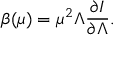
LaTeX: \beta ( \mu ) = \mu ^ { 2 } \Lambda \frac { \partial I } { \partial \Lambda } .